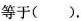
等于().